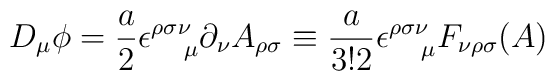
D_{\mu}\phi=\frac{a}{2}\epsilon^{\rho\sigma\nu}_{~~~\mu}\partial_{\nu}A_{\rho\sigma}\equiv\frac{a}{3!2}\epsilon^{\rho\sigma\nu}_{~~~\mu}F_{\nu\rho\sigma}(A)